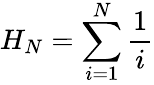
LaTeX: H_{N}=\sum_{i=1}^{N}\frac{1}{i}